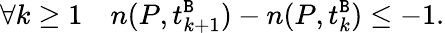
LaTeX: \forall k\geq 1\quad n(P,t_{k+1}^{\mathtt{B}})-n(P,t_{k}^{\mathtt{B}})\leq-1.